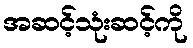
အဆင့်သုံးဆင့်ကို